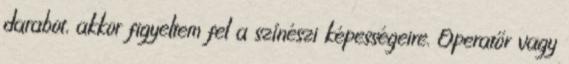
darabot, akkor figyeltem fel a színészi képességeire. Operatőr vagy